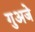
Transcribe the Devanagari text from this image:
गुअजे